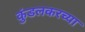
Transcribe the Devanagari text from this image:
कुंडलकरच्या